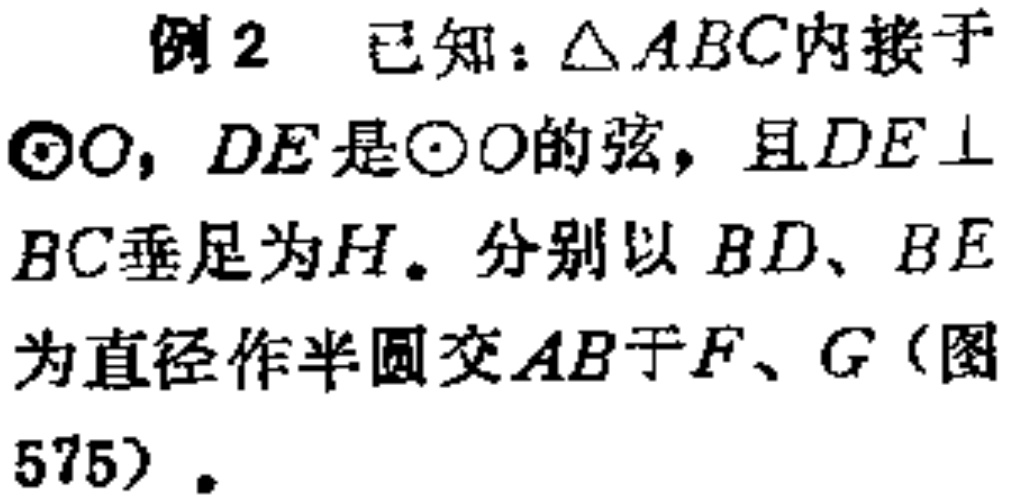
例2 已知：$\triangle ABC$内接于$\odot O$，$DE$是$\odot O$的弦，且$DE\perp BC$垂足为$H$。分别以$BD$、$BE$为直径作半圆交$AB$于$F$、$G$（图575）。